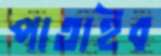
পাতাইব